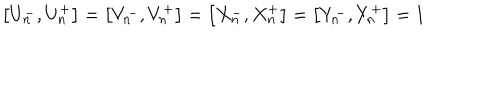
\left[ U _ { n } ^ { - } , U _ { n } ^ { + } \right] = \left[ V _ { n } ^ { - } , V _ { n } ^ { + } \right] = \left[ X _ { n } ^ { - } , X _ { n } ^ { + } \right] = \left[ Y _ { n } ^ { - } , Y _ { n } ^ { + } \right] = 1